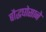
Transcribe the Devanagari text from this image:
बौद्धघोसाने